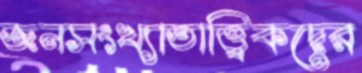
জনসংখ্যাতাত্ত্বিকদের